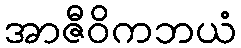
အာဇီဝိကဘယံ